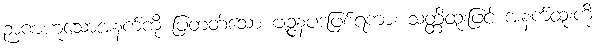
ဉာဏဟူသောအနက်ကို ပြတတ်သော ဗျဉ္ဇနပဒဖြစ်ရကား သတ္တိထူးဖြင့် အနက်ထူးကို